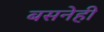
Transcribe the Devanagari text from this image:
बसनेही